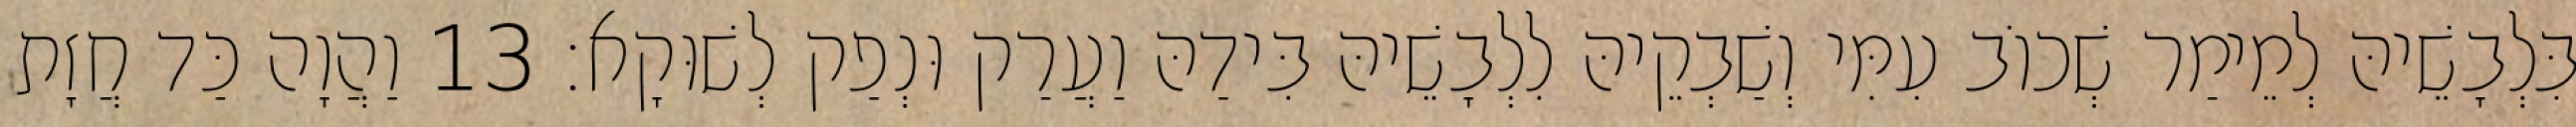
בִּלְבָשֵׁיהּ לְמֵימַר שְׁכוֹב עִמִּי וְשַׁבְקֵיהּ לִלְבָשֵׁיהּ בִּידַהּ וַעֲרַק וּנְפַק לְשׁוּקָא׃ 13 וַהֲוָה כַּד חֲזָת